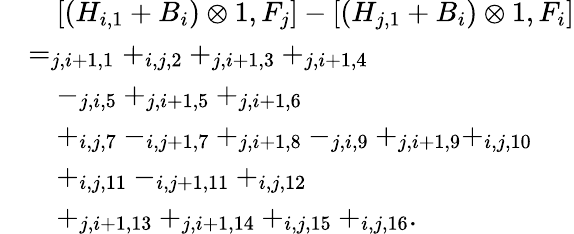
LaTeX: \begin{array}{rl}&{\quad[(H_{i,1}+B_{i})\otimes 1,F_{j}]-[(H_{j,1}+B_{i})\otimes 1,F_{i}]}\\ &{=_{j,i+1,1}+_{i,j,2}+_{j,i+1,3}+_{j,i+1,4}}\\ &{\quad-_{j,i,5}+_{j,i+1,5}+_{j,i+1,6}}\\ &{\quad+_{i,j,7}-_{i,j+1,7}+_{j,i+1,8}-_{j,i,9}+_{j,i+1,9}+_{i,j,10}}\\ &{\quad+_{i,j,11}-_{i,j+1,11}+_{i,j,12}}\\ &{\quad+_{j,i+1,13}+_{j,i+1,14}+_{i,j,15}+_{i,j,16}.}\end{array}